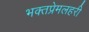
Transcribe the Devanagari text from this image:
भक्तप्रेमलहरी